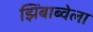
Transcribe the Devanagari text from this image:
झिंबाब्वेला